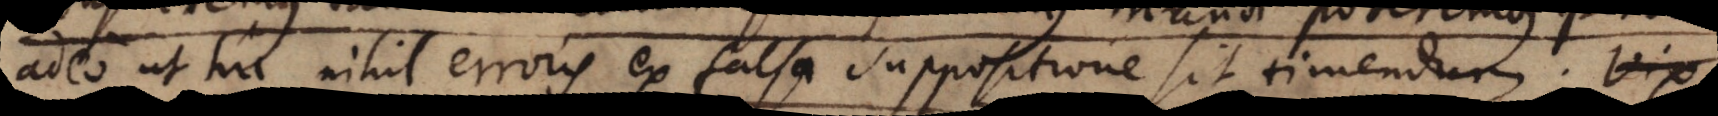
adeo ut hic nihil erroris ex falsa suppositione sit timendum. Haec